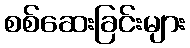
စစ်ဆေးခြင်းများ